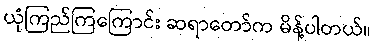
ယုံကြည်ကြကြောင်း ဆရာတော်က မိန့်ပါတယ်။